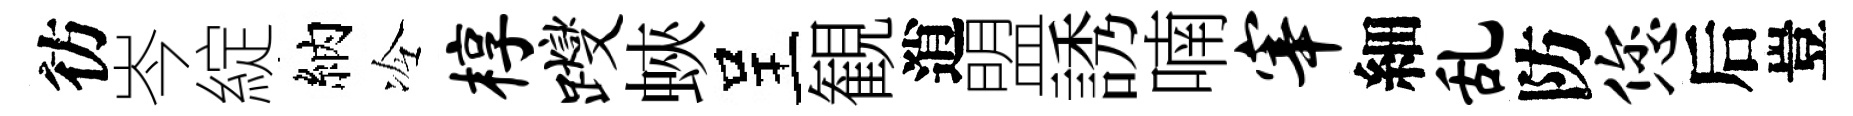
彷岑綻納冷椁躞蛺呈観逍盟誘喃宰細乱防您后豈